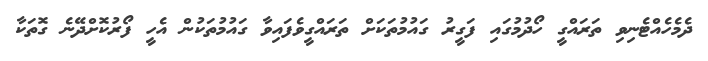
ދެމެހެއްޓެނިވި ތަރައްގީ ހޯދުމުގައި ފަގީރު ގައުމުތަކަށް ތަރައްގީވެފައިވާ ގައުމުތަކުން އެހީ ފޯރުކޮށްދޭނެ ގޮތަކާ